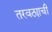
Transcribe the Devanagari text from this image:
तरवट्याची